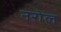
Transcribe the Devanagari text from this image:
नरोल